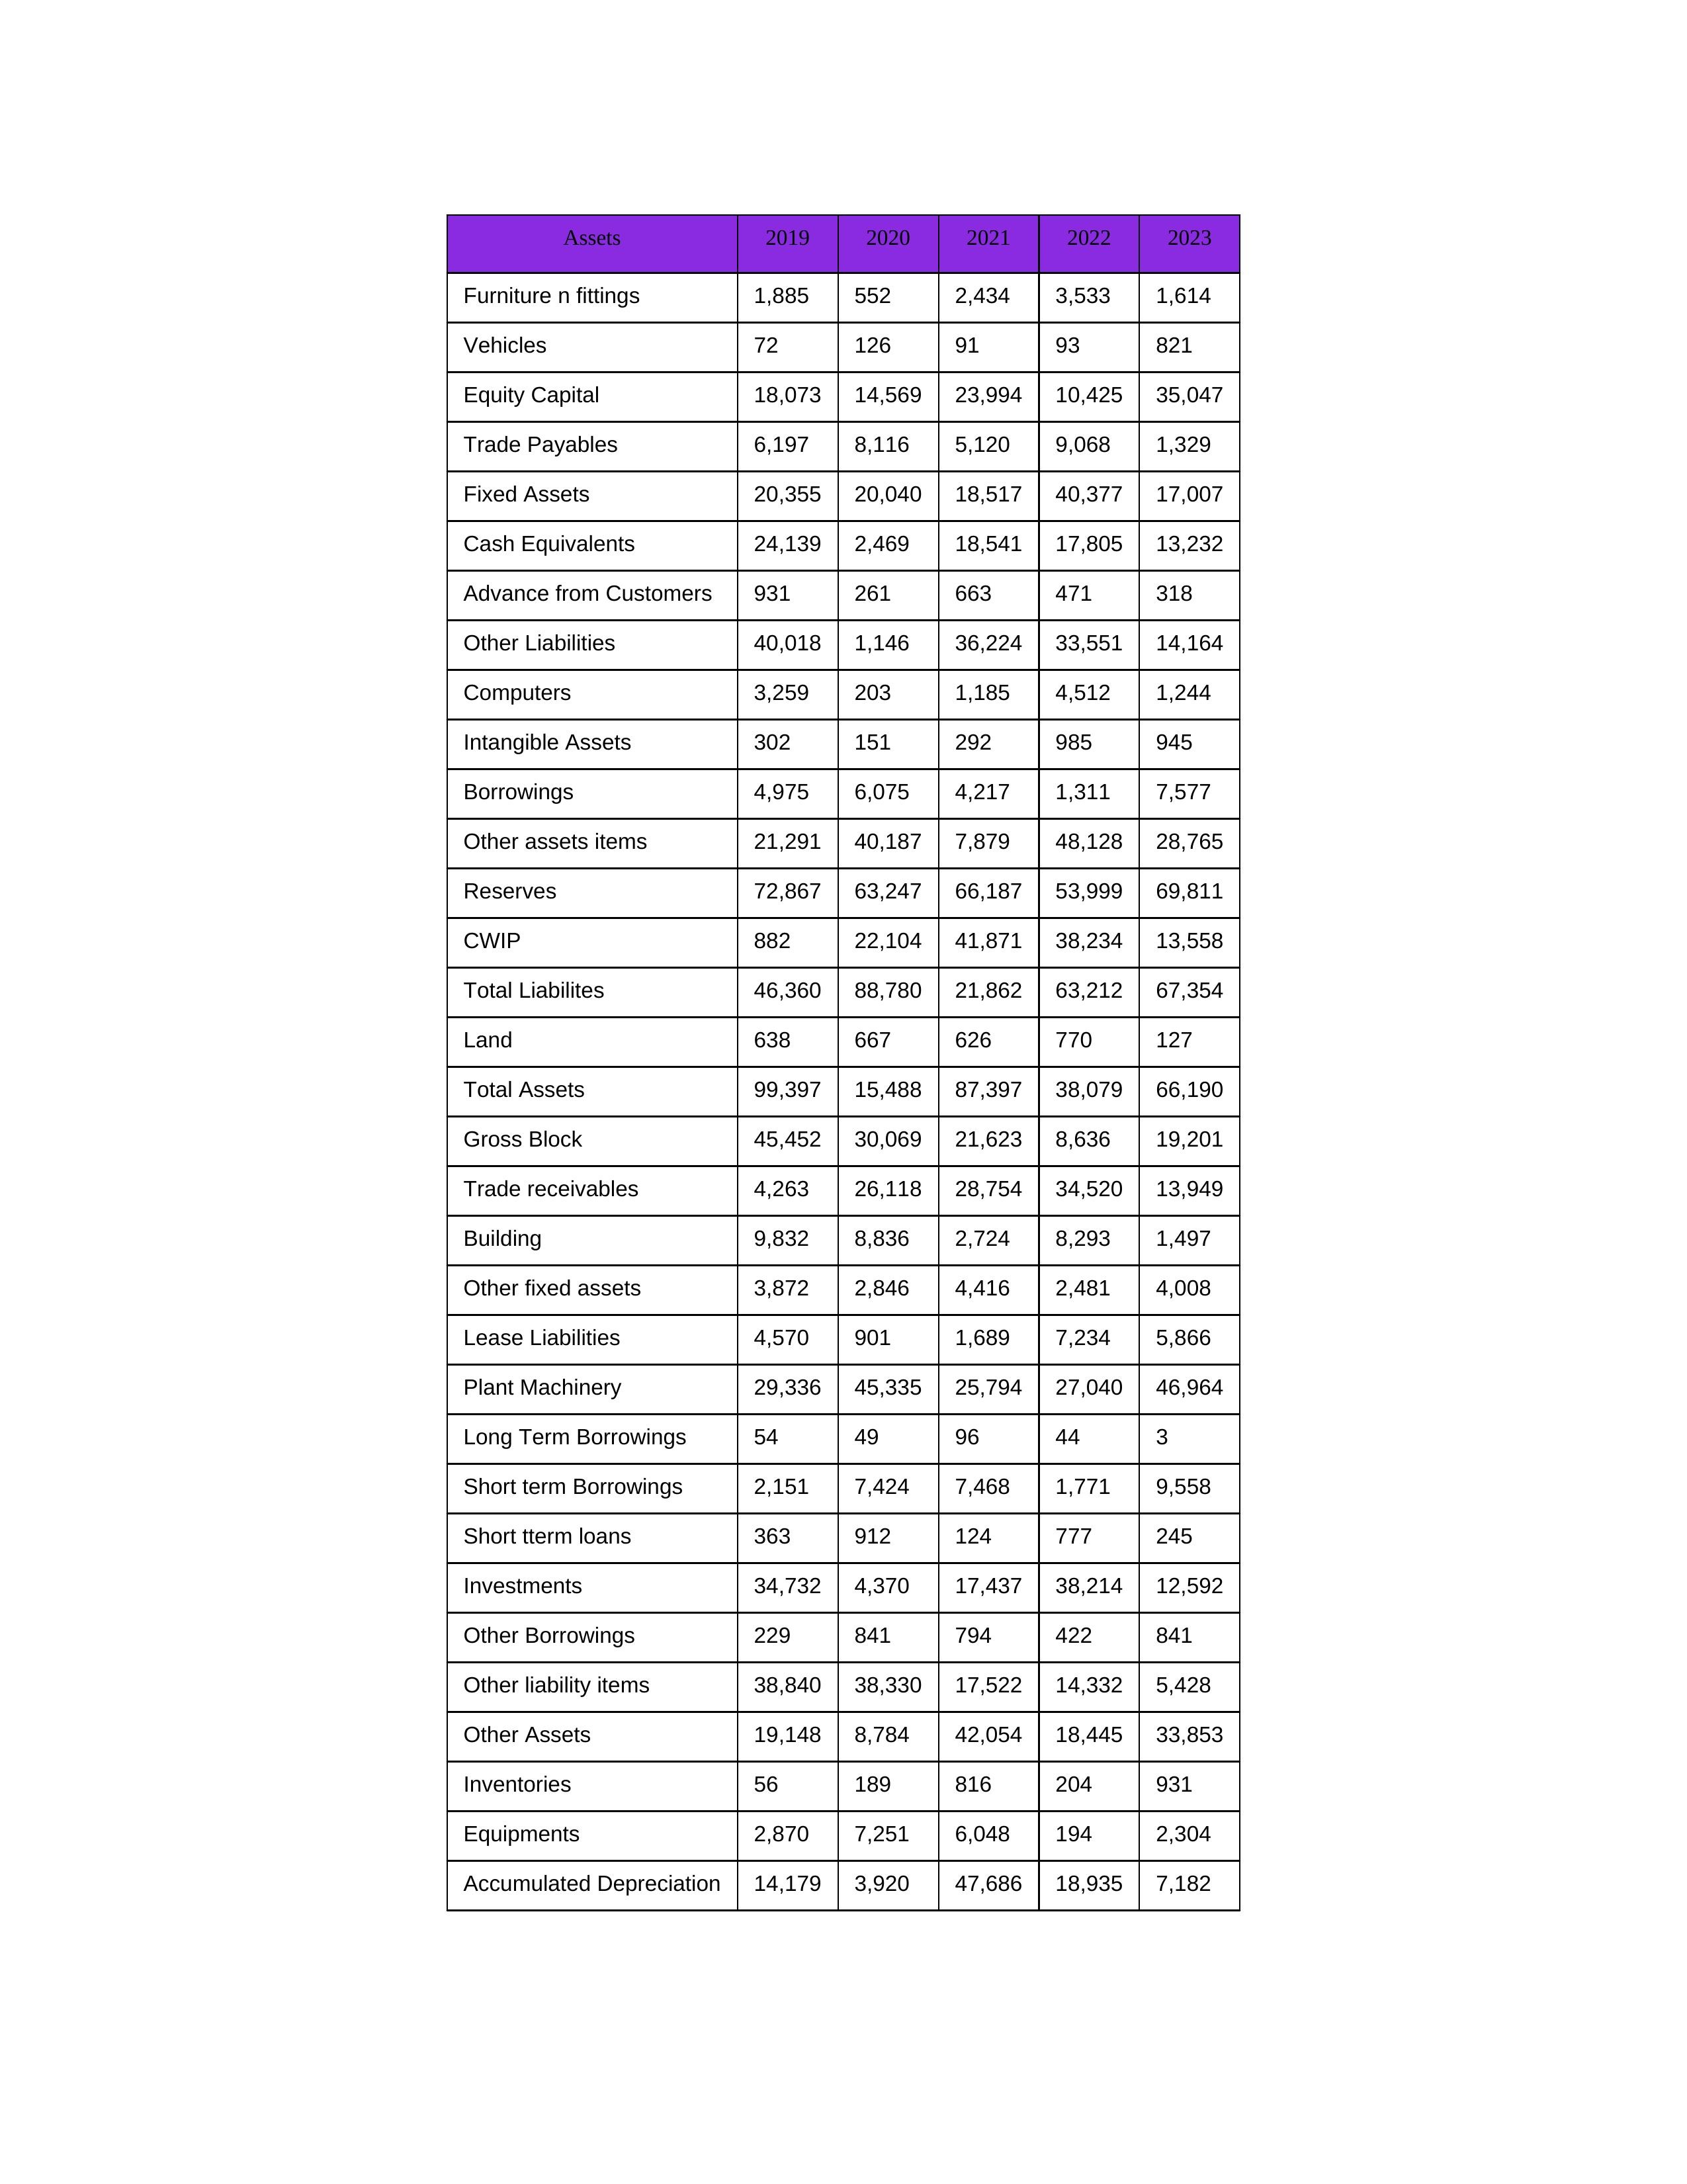
gt_parse: 2019: Equity Capital: 18,073
Reserves: 72,867
Borrowings: 4,975
Long Term Borrowings: 54
Short term Borrowings: 2,151
Lease Liabilities: 4,570
Other Borrowings: 229
Other Liabilities: 40,018
Trade Payables: 6,197
Advance from Customers: 931
Other liability items: 38,840
Total Liabilites: 46,360
Fixed Assets: 20,355
Land: 638
Building: 9,832
Plant Machinery: 29,336
Equipments: 2,870
Computers: 3,259
Furniture n fittings: 1,885
Vehicles: 72
Intangible Assets: 302
Other fixed assets: 3,872
Gross Block: 45,452
Accumulated Depreciation: 14,179
CWIP: 882
Investments: 34,732
Other Assets: 19,148
Inventories: 56
Trade receivables: 4,263
Cash Equivalents: 24,139
Short tterm loans: 363
Other assets items: 21,291
Total Assets: 99,397
2020: Equity Capital: 14,569
Reserves: 63,247
Borrowings: 6,075
Long Term Borrowings: 49
Short term Borrowings: 7,424
Lease Liabilities: 901
Other Borrowings: 841
Other Liabilities: 1,146
Trade Payables: 8,116
Advance from Customers: 261
Other liability items: 38,330
Total Liabilites: 88,780
Fixed Assets: 20,040
Land: 667
Building: 8,836
Plant Machinery: 45,335
Equipments: 7,251
Computers: 203
Furniture n fittings: 552
Vehicles: 126
Intangible Assets: 151
Other fixed assets: 2,846
Gross Block: 30,069
Accumulated Depreciation: 3,920
CWIP: 22,104
Investments: 4,370
Other Assets: 8,784
Inventories: 189
Trade receivables: 26,118
Cash Equivalents: 2,469
Short tterm loans: 912
Other assets items: 40,187
Total Assets: 15,488
2021: Equity Capital: 23,994
Reserves: 66,187
Borrowings: 4,217
Long Term Borrowings: 96
Short term Borrowings: 7,468
Lease Liabilities: 1,689
Other Borrowings: 794
Other Liabilities: 36,224
Trade Payables: 5,120
Advance from Customers: 663
Other liability items: 17,522
Total Liabilites: 21,862
Fixed Assets: 18,517
Land: 626
Building: 2,724
Plant Machinery: 25,794
Equipments: 6,048
Computers: 1,185
Furniture n fittings: 2,434
Vehicles: 91
Intangible Assets: 292
Other fixed assets: 4,416
Gross Block: 21,623
Accumulated Depreciation: 47,686
CWIP: 41,871
Investments: 17,437
Other Assets: 42,054
Inventories: 816
Trade receivables: 28,754
Cash Equivalents: 18,541
Short tterm loans: 124
Other assets items: 7,879
Total Assets: 87,397
2022: Equity Capital: 10,425
Reserves: 53,999
Borrowings: 1,311
Long Term Borrowings: 44
Short term Borrowings: 1,771
Lease Liabilities: 7,234
Other Borrowings: 422
Other Liabilities: 33,551
Trade Payables: 9,068
Advance from Customers: 471
Other liability items: 14,332
Total Liabilites: 63,212
Fixed Assets: 40,377
Land: 770
Building: 8,293
Plant Machinery: 27,040
Equipments: 194
Computers: 4,512
Furniture n fittings: 3,533
Vehicles: 93
Intangible Assets: 985
Other fixed assets: 2,481
Gross Block: 8,636
Accumulated Depreciation: 18,935
CWIP: 38,234
Investments: 38,214
Other Assets: 18,445
Inventories: 204
Trade receivables: 34,520
Cash Equivalents: 17,805
Short tterm loans: 777
Other assets items: 48,128
Total Assets: 38,079
2023: Equity Capital: 35,047
Reserves: 69,811
Borrowings: 7,577
Long Term Borrowings: 3
Short term Borrowings: 9,558
Lease Liabilities: 5,866
Other Borrowings: 841
Other Liabilities: 14,164
Trade Payables: 1,329
Advance from Customers: 318
Other liability items: 5,428
Total Liabilites: 67,354
Fixed Assets: 17,007
Land: 127
Building: 1,497
Plant Machinery: 46,964
Equipments: 2,304
Computers: 1,244
Furniture n fittings: 1,614
Vehicles: 821
Intangible Assets: 945
Other fixed assets: 4,008
Gross Block: 19,201
Accumulated Depreciation: 7,182
CWIP: 13,558
Investments: 12,592
Other Assets: 33,853
Inventories: 931
Trade receivables: 13,949
Cash Equivalents: 13,232
Short tterm loans: 245
Other assets items: 28,765
Total Assets: 66,190